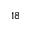
1 8